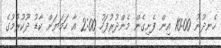
ހެނދުނު 10:00 އިން ފެށިގެން މެންދުރުފަހު 2:00 އާ ހަމަޔަށް ކާޑު ދޫކުރުމުގެ